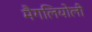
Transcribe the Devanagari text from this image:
मैगलियोली